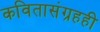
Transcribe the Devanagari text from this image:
कवितासंग्रहही